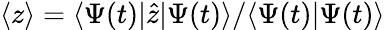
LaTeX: \langle z\rangle=\langle\Psi(t)\vert\hat{z}\vert\Psi(t)\rangle/\langle\Psi(t)\vert\Psi(t)\rangle